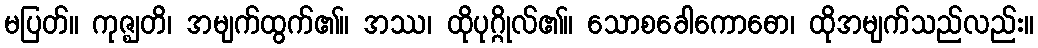
မပြတ်။ ကုဇ္ဈတိ၊ အမျက်ထွက်၏။ အဿ၊ ထိုပုဂ္ဂိုလ်၏။ သောစခေါကောဓော၊ ထိုအမျက်သည်လည်း။